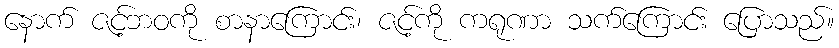
နောက် ဇင့်ဘဝကို စာနာကြောင်း၊ ဇင့်ကို ကရုဏာ သက်ကြောင်း ပြောသည်။